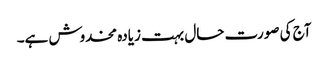
آج کی صورت حال بہت زیادہ مخدوش ہے۔